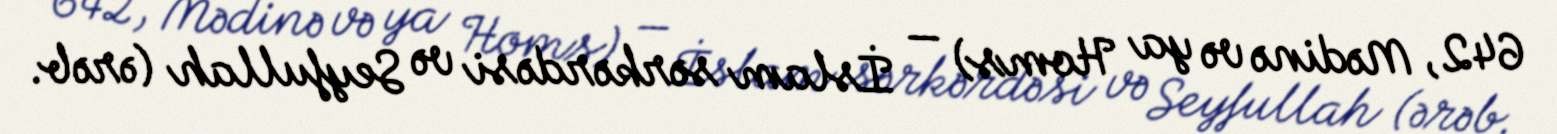
642, Mədinə və ya Homs) — İslam sərkərdəsi və Seyfullah (ərəb.